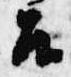
召